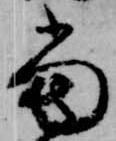
当